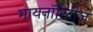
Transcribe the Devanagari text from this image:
मायनाॅरिटीज